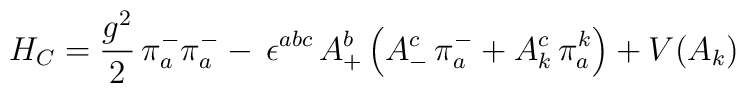
H_C = \frac{g^2}{2}\,  \pi^-_a  \pi^-_a - \,\epsilon^{abc} \,  A^b_+ \left(A^c_- \, \pi^-_a  + A^c_k \,\pi^k_a \right) +V(A_k)